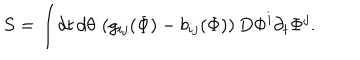
S = \int \! d t \, d \theta \, \left( g _ { i j } ( \Phi ) - b _ { i j } ( \Phi ) \right) D \Phi ^ { i } \partial _ { t } \Phi ^ { j } .